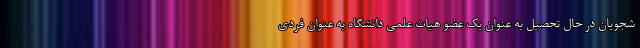
شجویان در حال تحصیل به عنوان یک عضو هیات علمی دانشگاه به عنوان فردی